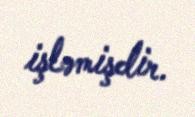
işləmişdir.